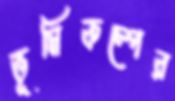
ভূমিকম্পের